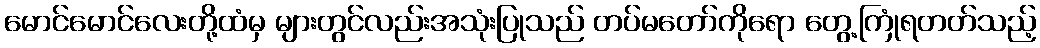
မောင်မောင်လေးတို့ထံမှ များတွင်လည်းအသုံးပြုသည် တပ်မတော်ကိုရော တွေ့ကြုံရတတ်သည့်